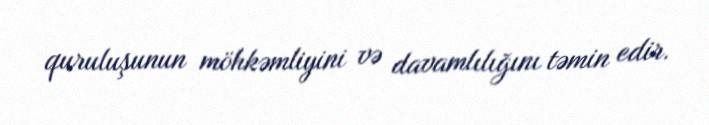
quruluşunun möhkəmliyini və davamlılığını təmin edir.